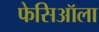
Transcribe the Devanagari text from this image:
फेसिऑला